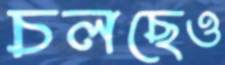
চলছেও